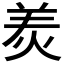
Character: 𤈩